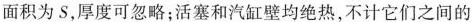
面积为S，厚度可忽略；活塞和汽缸壁均绝热，不计它们之间的